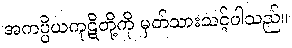
အကပ္ပိယကုဋိတို့ကို မှတ်သားသင့်ပါသည်။